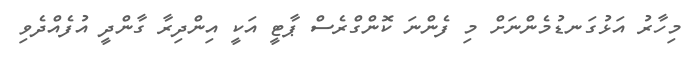
މިހާރު އަޅުގަނޑުމެންނަށް މި ފެންނަ ކޮންގްރެސް ޕާޓީ އަކީ އިންދިރާ ގާންދީ އުފެއްދެވި